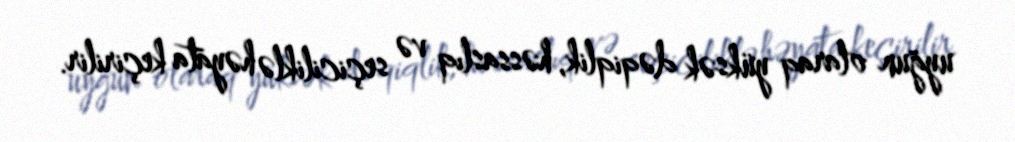
uyğun olaraq yüksək dəqiqlik, həssaslıq və seçiciliklə həyata keçirilir.